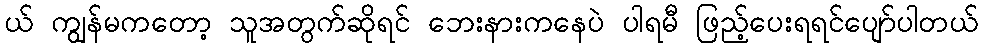
ယ် ကျွန်မကတော့ သူအတွက်ဆိုရင် ဘေးနားကနေပဲ ပါရမီ ဖြည့်ပေးရရင်ပျော်ပါတယ်